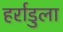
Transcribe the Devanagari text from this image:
हर्राडुला